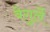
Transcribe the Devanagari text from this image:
वेगुर्ले